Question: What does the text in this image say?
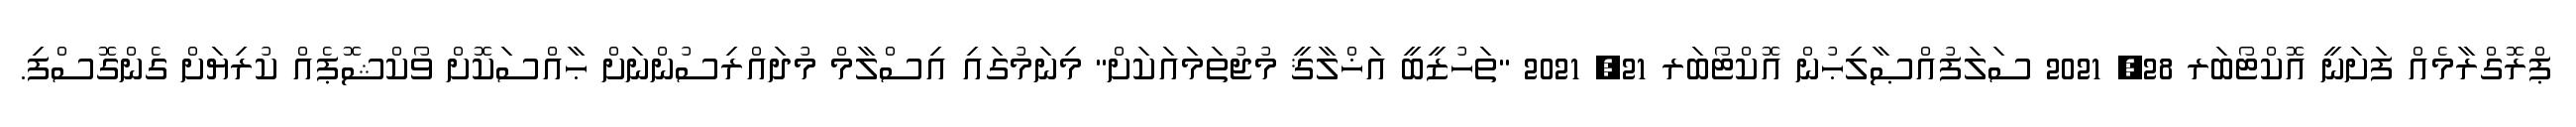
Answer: ޕްރޮގްރާމެއް ފަށަނީ އޮކްޓޯބަރ 28, 2021 ސަލަފުއްޞާލިޙުން އޮކްޓޯބަރ 21, 2021 "ތަހުޒީބީ އަޚްލާޤީ މުޖުތަމައަކަށް" މިނަމުގައި އިސްލާމް މުދައްރިސުންނަށް ޙާއްސަކޮށް ވޯކްޝޮޕެއް ކުރިޔަށް ގެންގޮސްފި.